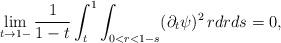
LaTeX: \begin{align*}\lim_{t\to 1-}\frac{1}{1-t}\int_t^1\int_{0<r<1-s}(\partial_t\psi)^2\,rdrds=0,\end{align*}